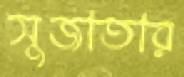
সুজাতার